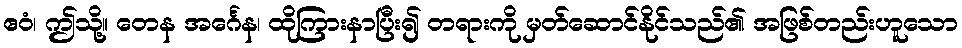
ဧဝံ၊ ဤသို့။ တေန အင်္ဂေန၊ ထိုကြားနာပြီး၍ တရားကို မှတ်ဆောင်နိုင်သည်၏ အဖြစ်တည်းဟူသော